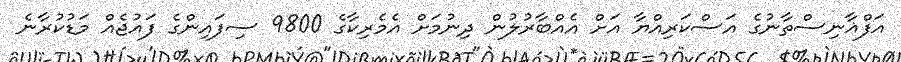
އަފްޣާނިސްތާނުގެ އަސްކަރިއްޔާ އަށް އެއްބާރުލުން ދިނުމަށް އެމެރިކާގެ 9800 ސިފައިންގެ ފައުޖެއް މަޑުކުރާނެ